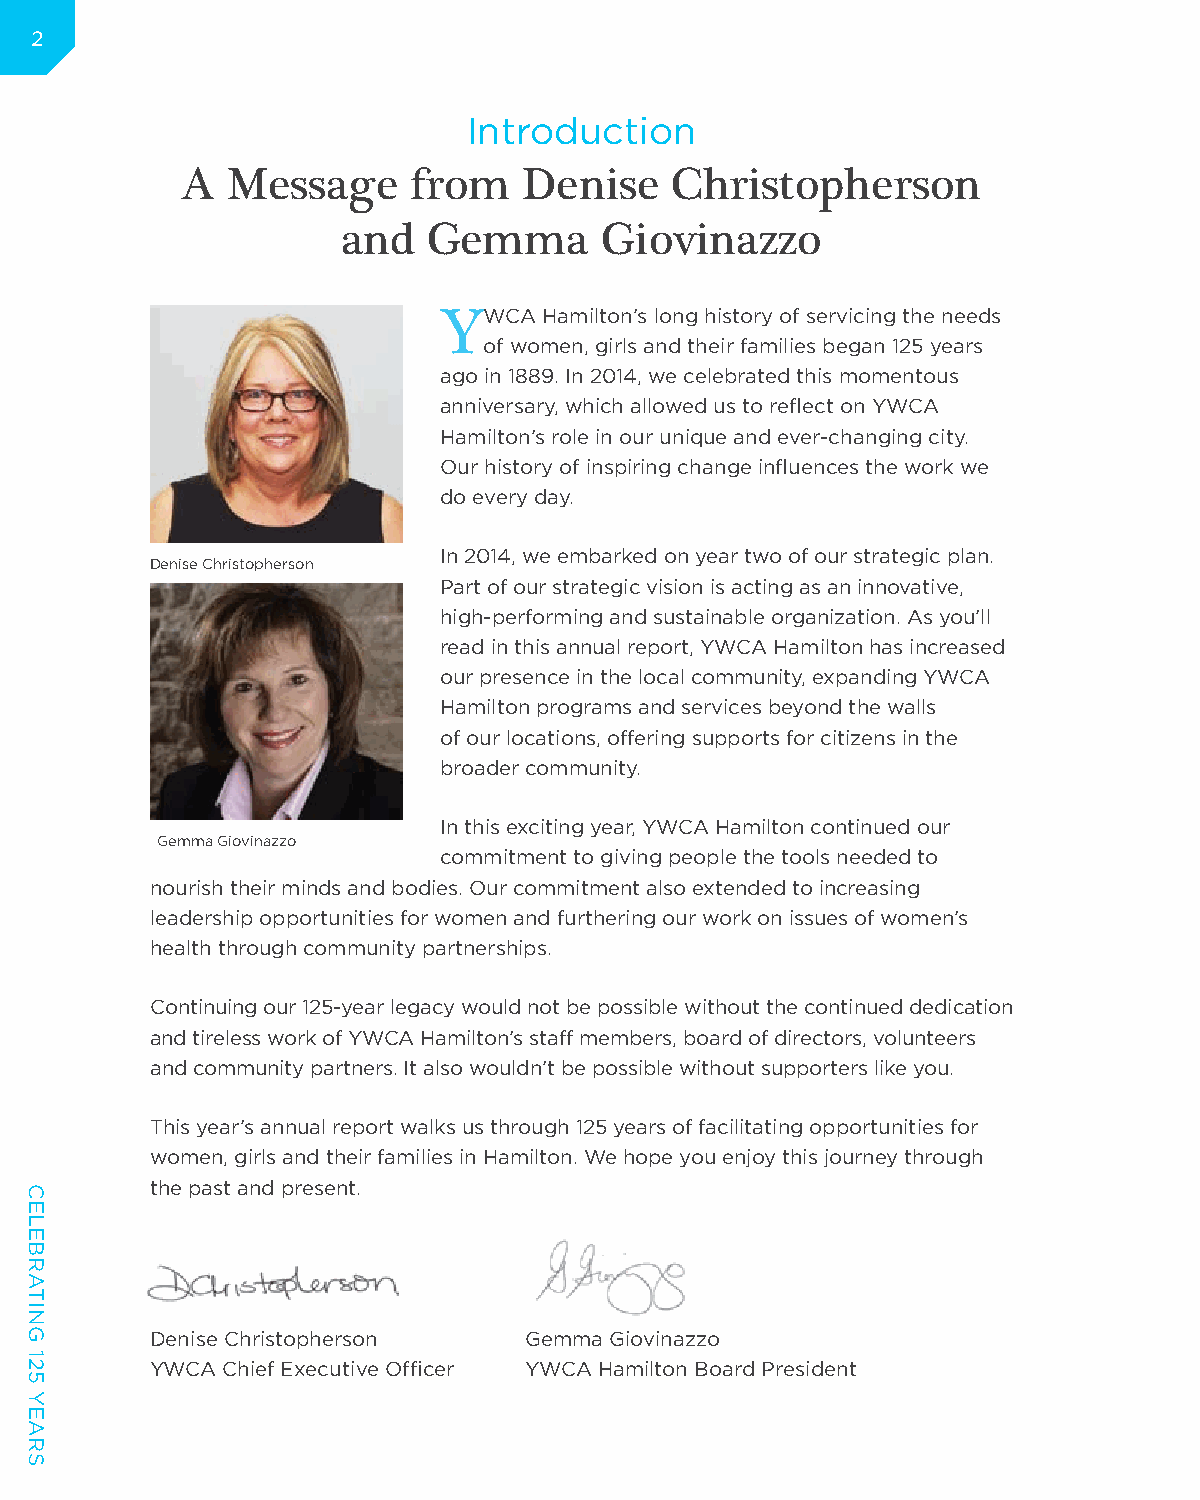
2
 Introduction
 A  Message     from    Denise   Christopherson
 and  Gemma       Giovinazzo
 YWCA   Hamilton’s long history of servicing the needs
 of women, girls and their families began 125 years
 ago in 1889. In 2014, we celebrated this momentous
 anniversary, which allowed us to reflect on YWCA
 Hamilton’s role in our unique and ever-changing city.
 Our history of inspiring change influences the work we
 do every day.
 In 2014, we embarked on year two of our strategic plan.
 Denise Christopherson
 Part of our strategic vision is acting as an innovative,
 high-performing and sustainable organization. As you’ll
 read in this annual report, YWCA Hamilton has increased
 our presence in the local community, expanding YWCA
 Hamilton programs and services beyond the walls
 of our locations, offering supports for citizens in the
 broader community.
 In this exciting year, YWCA Hamilton continued our
 Gemma Giovinazzo
 commitment to giving people the tools needed to
 nourish their minds and bodies. Our commitment also extended to increasing
 leadership opportunities for women and furthering our work on issues of women’s
 health through community partnerships.
 Continuing our 125-year legacy would not be possible without the continued dedication
 and tireless work of YWCA Hamilton’s staff members, board of directors, volunteers
 and community partners. It also wouldn’t be possible without supporters like you.
 This year’s annual report walks us through 125 years of facilitating opportunities for
 women, girls and their families in Hamilton. We hope you enjoy this journey through
 the past and present.
 Denise Christopherson    Gemma Giovinazzo
 YWCA Chief Executive Officer YWCA Hamilton Board President
 CELEBRATING
 125
 YEARS